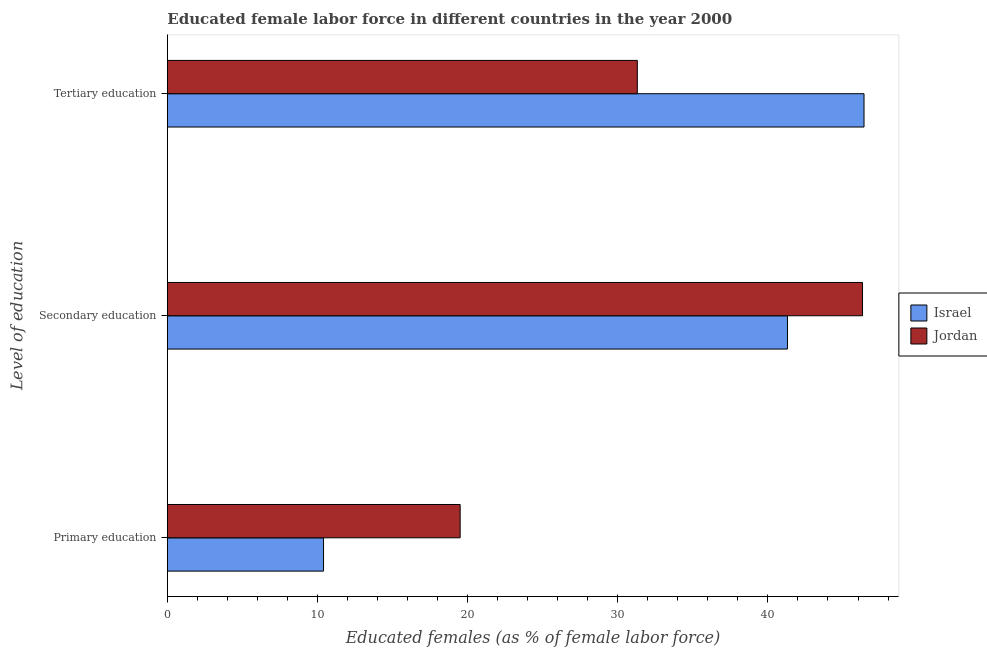
| Level of education | Israel | Jordan |
 | --- | --- | --- |
 | Primary education | 10.4 | 19.5 |
 | Secondary education | 41.3 | 46.3 |
 | Tertiary education | 46.4 | 31.3 |